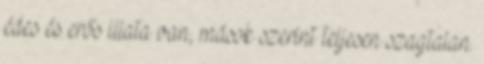
édes és erős illata van, mások szerint teljesen szagtalan.